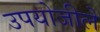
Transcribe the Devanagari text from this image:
उपयोजीले